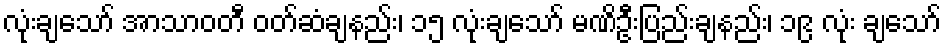
လုံးချသော် အာသာဝတီ ဝတ်ဆံချနည်း၊ ၁၅ လုံးချသော် မဏိဦးပြည်းချနည်း၊ ၁၉ လုံး ချသော်